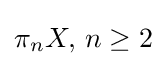
\pi _{n}X,\,n\geq 2